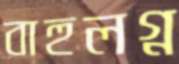
বাহুলগ্ন